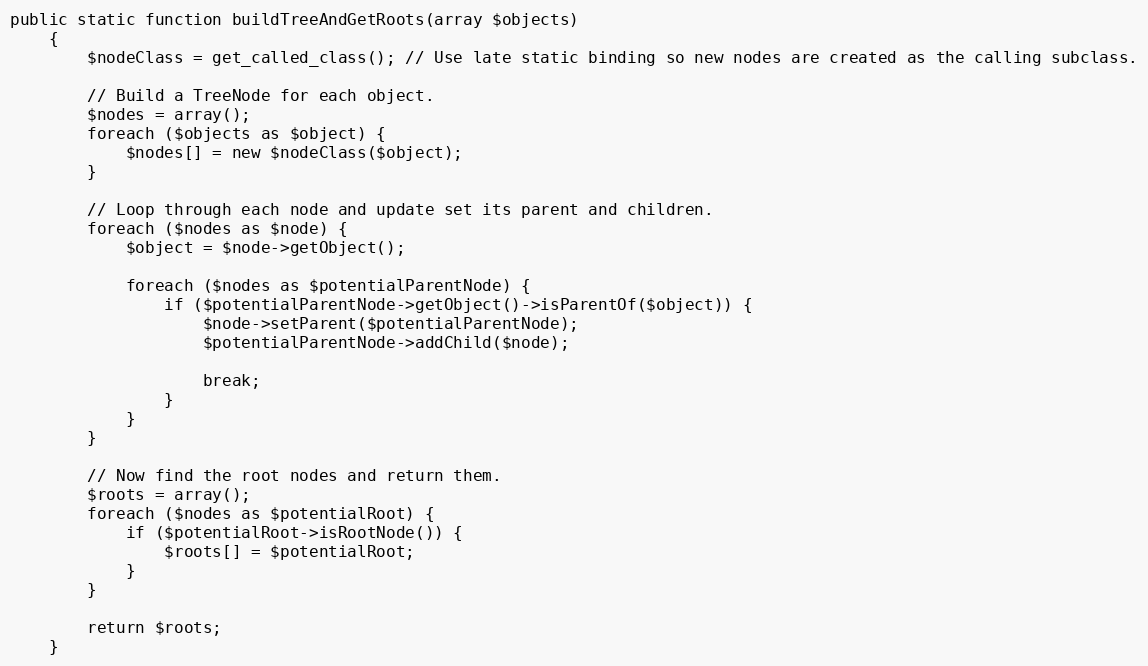
Language: PHP
public static function buildTreeAndGetRoots(array $objects)
    {
        $nodeClass = get_called_class(); // Use late static binding so new nodes are created as the calling subclass.

        // Build a TreeNode for each object.
        $nodes = array();
        foreach ($objects as $object) {
            $nodes[] = new $nodeClass($object);
        }

        // Loop through each node and update set its parent and children.
        foreach ($nodes as $node) {
            $object = $node->getObject();

            foreach ($nodes as $potentialParentNode) {
                if ($potentialParentNode->getObject()->isParentOf($object)) {
                    $node->setParent($potentialParentNode);
                    $potentialParentNode->addChild($node);

                    break;
                }
            }
        }

        // Now find the root nodes and return them.
        $roots = array();
        foreach ($nodes as $potentialRoot) {
            if ($potentialRoot->isRootNode()) {
                $roots[] = $potentialRoot;
            }
        }

        return $roots;
    }